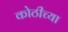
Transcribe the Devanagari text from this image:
कोठीच्या